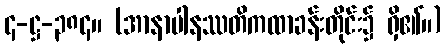
၄-ဋ္ဌ-၃၈၄။ (အာနာပါနဿတိကထာခန်းတိုင်း၌ ရှိ၏။)